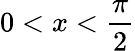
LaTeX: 0<x<{\frac{\pi}{2}}